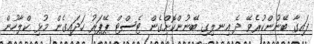
ފައިގާ ބޭނުންކުރެވޭ ދެ އިނލިގި ބޭނުންކޮށްގެން ޓެސްޓް ޕޭޕަރު ހަދައިގެން މުޅި ކްލާހުން